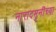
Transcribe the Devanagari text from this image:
नारादमुनींच्या